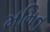
મમિત